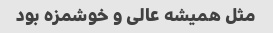
مثل همیشه عالی و خوشمزه بود